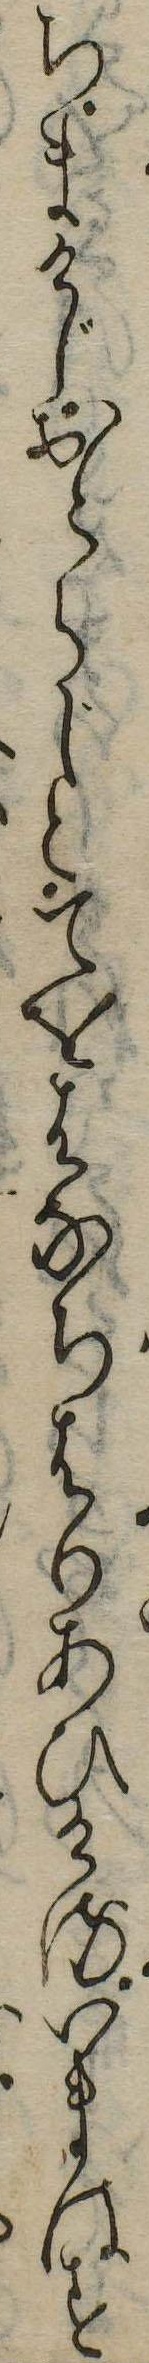
ちまけじおとらじとてをはなちはりあひけるいまはす